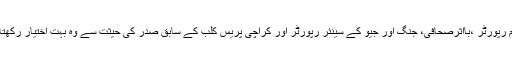
کرائم رپورٹر ،بااثرصحافی، جنگ اور جیو کے سینئر رپورٹر اور کراچی پریس کلب کے سابق صدر کی حیثت سے وہ بہت اختیار رکھتا تھا۔